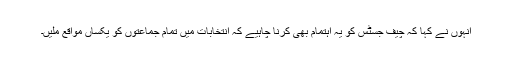
انہوں نے کہا کہ چیف جسٹس کو یہ اہتمام بھی کرنا چاہیے کہ انتخابات میں تمام جماعتوں کو یکساں مواقع ملیں۔